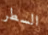
السطر